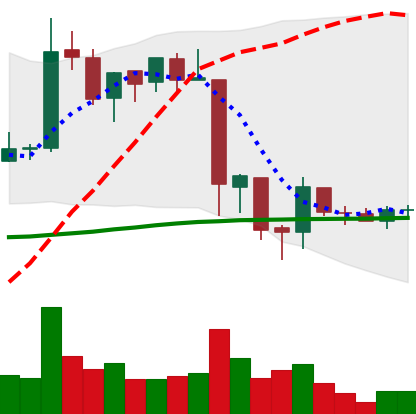
Ticker: EOS-USD
Chart end date: 2018-06-19
Forward return: -24.58%
Label: down_7plus